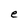
Character: e